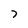
Character: 7